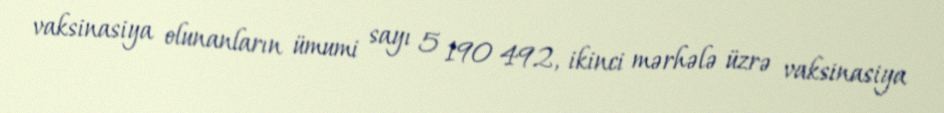
vaksinasiya olunanların ümumi sayı 5 190 492, ikinci mərhələ üzrə vaksinasiya